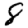
Digit: 8